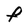
Character: F